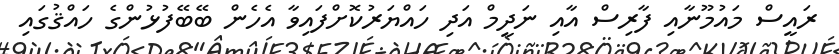
ރައީސް މައުމޫނާއި ފާރިސް އާއި ނަދީމް އަދި ހައްޔަރުކޮށްފައިވާ އެހެން ބޭބޭފުޅުންގެ ހައްޤުގައި